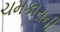
ચમકારાની